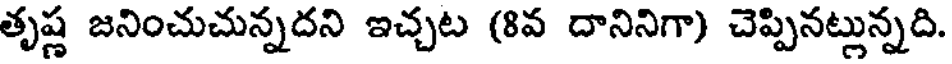
తృష్ణ జనించుచున్నదని ఇచ్చట (8వ దానినిగా) చెప్పినట్లున్నది.